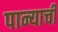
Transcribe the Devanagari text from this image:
पान्याची